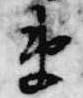
衛